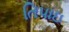
તિપાઇ